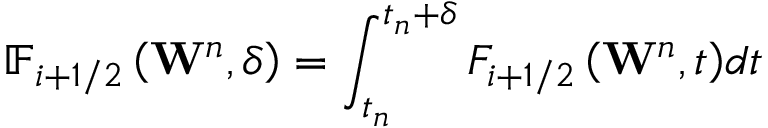
{ { \mathbb { F } } _ { i + 1 / 2 } } \left( { { \mathbf { W } } ^ { n } } , \delta \right) = \int _ { { { t } _ { n } } } ^ { { { t } _ { n } } + \delta } { { { F } _ { i + 1 / 2 } } \left( { { \mathbf { W } } ^ { n } } , t \right) } d t